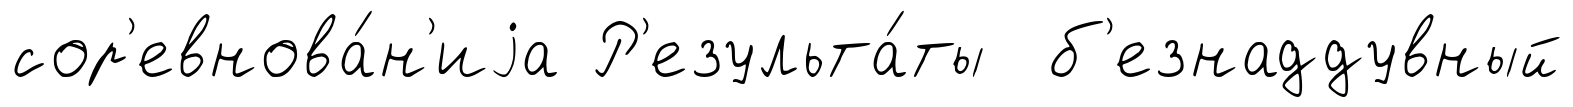
сор'евнова́н'иjа Р'езульта́ты б'езнаддувный